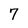
Character: 7